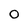
Character: 0